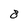
Character: 8